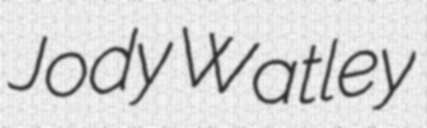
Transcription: Jody Watley